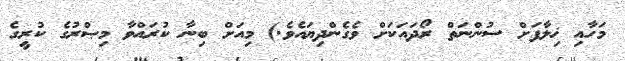
މަހާއި ޚިލާފަށް ސުންނަތް ރޯދައަކަށް ވެގެންދިޔައެވެ.) މިއަށް ބިނާ ކުރައްވާ މިޞްރުގެ ކުރީގެ